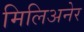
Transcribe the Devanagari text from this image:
मिलिअनेर